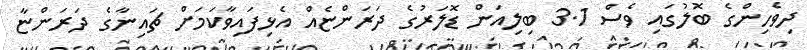
ދިވެހިންގެ ބޮލުގައި ވެސް 3.1 ބިލިއަން ޑޮލަރުގެ ދަރަންޏެއް އެޅިފައިވާކަމަށް ޗައިނާގެ ދަރަންޏާ